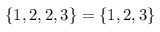
\{ 1 , 2 , 2 , 3 \} = \{ 1 , 2 , 3 \}